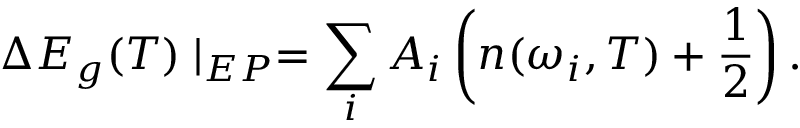
\Delta E _ { g } ( T ) \mid _ { E P } = \sum _ { i } A _ { i } \left( n ( \omega _ { i } , T ) + \frac { 1 } { 2 } \right) .